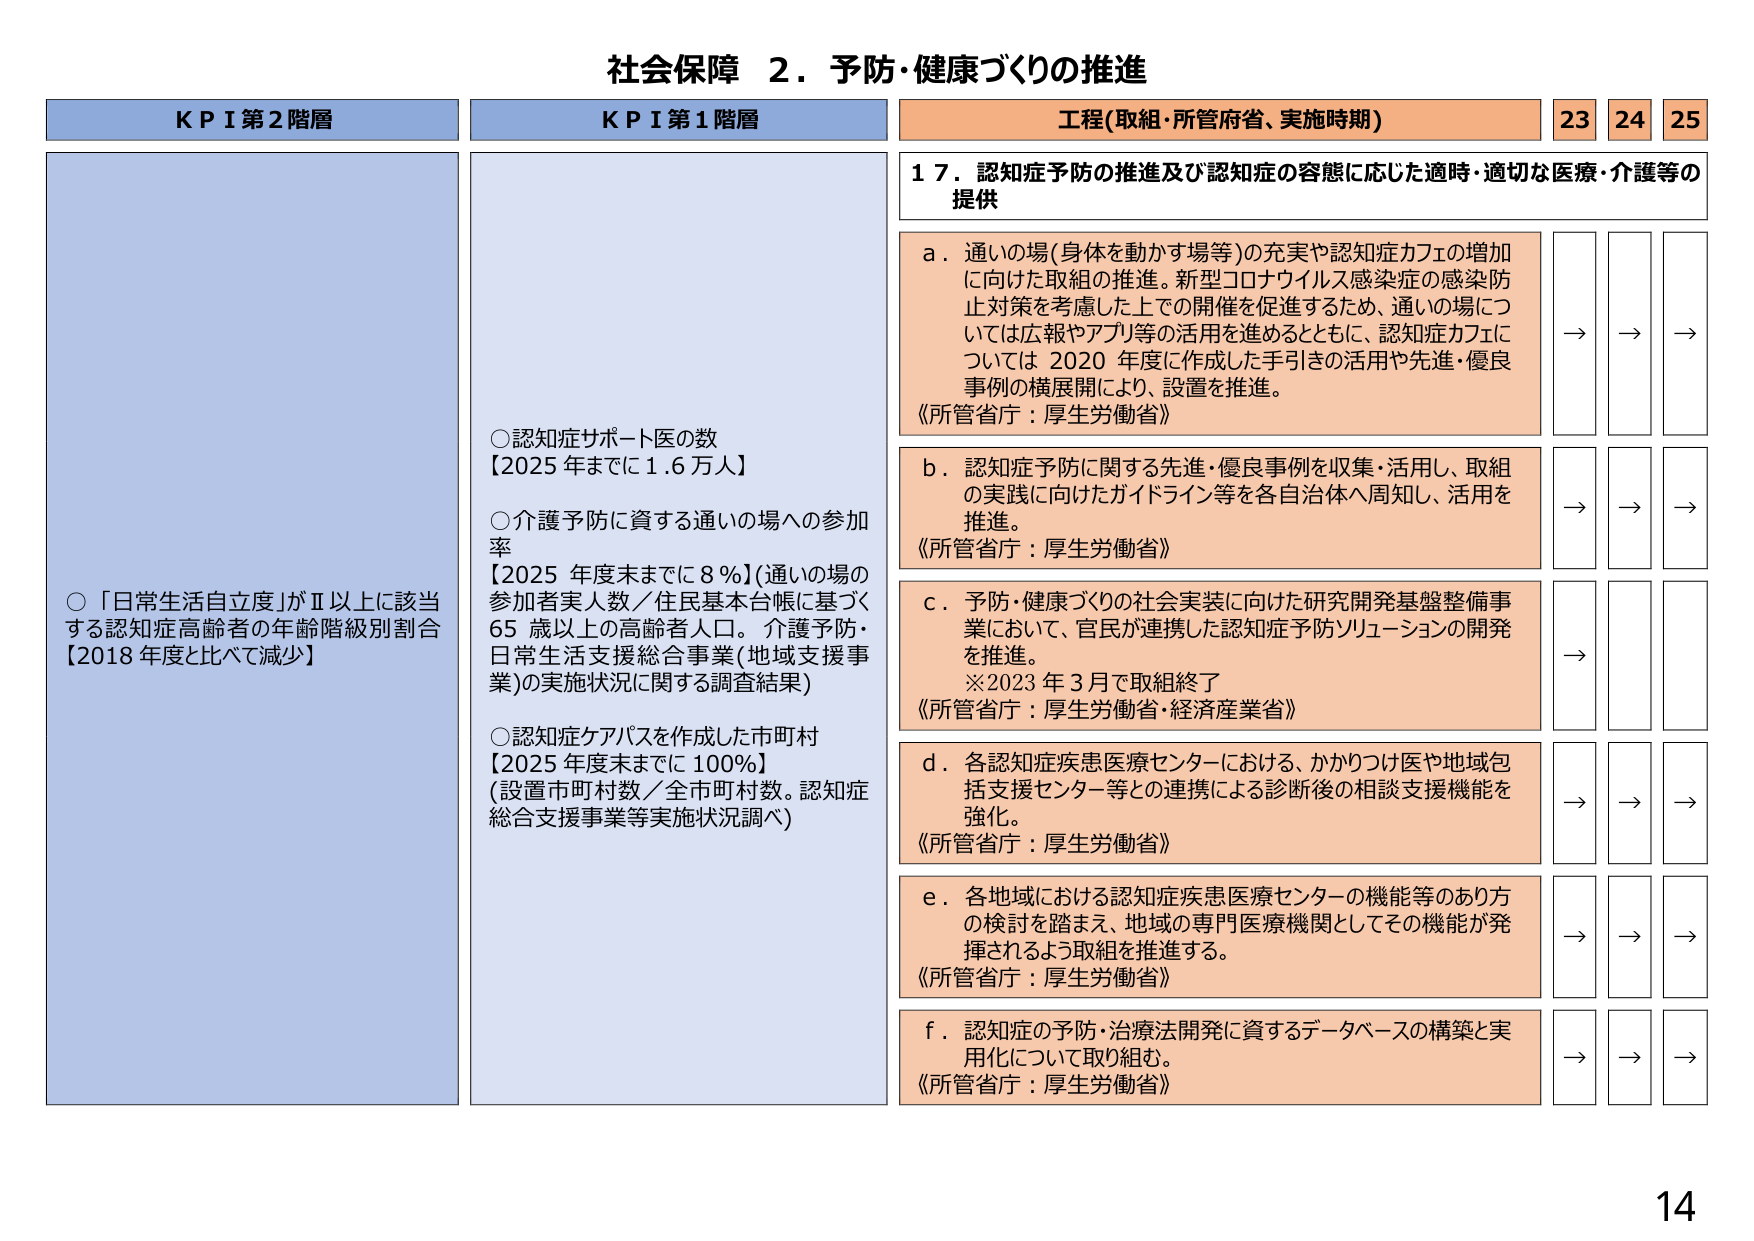
社会保障 ２．予防・健康づくりの推進

ＫＰＩ第２階層
○「日常生活自立度」がⅡ以上に該当する認知症高齢者の年齢階級別割合
【2018年度と比べて減少】

ＫＰＩ第１階層
○認知症サポート医の数
【2025年までに1.6万人】
○介護予防に資する通いの場への参加率
【2025年度末までに8％】（通いの場の参加者実人数／住民基本台帳に基づく65歳以上の高齢者人口。介護予防・日常生活支援総合事業（地域支援事業）の実施状況に関する調査結果）
○認知症ケアパスを作成した市町村
【2025年度末までに100％】
（設置市町村数／全市町村数。認知症総合支援事業等実施状況調べ）

工程（取組・所管府省、実施時期）
23 24 25

１７．認知症予防の推進及び認知症の容態に応じた適時・適切な医療・介護等の提供

ａ．通いの場（身体を動かす場等）の充実や認知症カフェの増加に向けた取組の推進。新型コロナウイルス感染症の感染防止対策を考慮した上での開催を促進するため、通いの場については広報やアプリ等の活用を進めるとともに、認知症カフェについては2020年度に作成した手引きの活用や先進・優良事例の横展開により、設置を推進。
《所管省庁：厚生労働省》
→ → →

ｂ．認知症予防に関する先進・優良事例を収集・活用し、取組の実践に向けたガイドライン等を各自治体へ周知し、活用を推進。
《所管省庁：厚生労働省》
→ → →

ｃ．予防・健康づくりの社会実装に向けた研究開発基盤整備事業において、官民が連携した認知症予防ソリューションの開発を推進。
※2023年3月で取組終了
《所管省庁：厚生労働省・経済産業省》
→ → →

ｄ．各認知症疾患医療センターにおける、かかりつけ医や地域包括支援センター等との連携による診断後の相談支援機能を強化。
《所管省庁：厚生労働省》
→ → →

ｅ．各地域における認知症疾患医療センターの機能等のあり方の検討を踏まえ、地域の専門医療機関としてその機能が発揮されるよう取組を推進する。
《所管省庁：厚生労働省》
→ → →

ｆ．認知症の予防・治療法開発に資するデータベースの構築と実用化について取り組む。
《所管省庁：厚生労働省》
→ → →

14